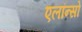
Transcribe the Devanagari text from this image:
एलॉन्सो